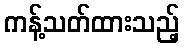
ကန့်သတ်ထားသည့်